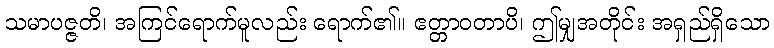
သမာပဇ္ဇတိ၊ အကြင်ရောက်မူလည်း ရောက်၏။ ဧတ္တာဝတာပိ၊ ဤမျှအတိုင်း အရှည်ရှိသော